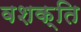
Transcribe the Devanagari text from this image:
वशक्ति